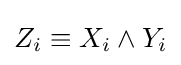
Z_{i}\equiv X_{i}\wedge Y_{i}